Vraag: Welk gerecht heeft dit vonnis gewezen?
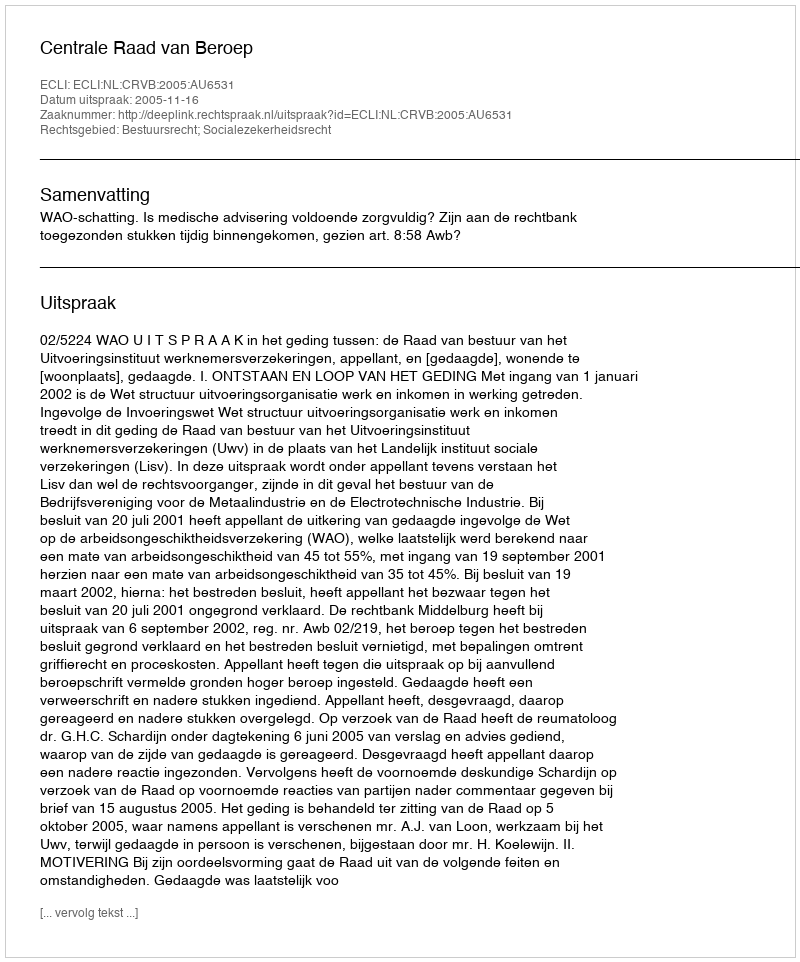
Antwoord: Centrale Raad van Beroep